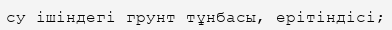
су ішіндегі грунт тұнбасы, ерітіндісі;